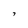
Character: 7